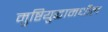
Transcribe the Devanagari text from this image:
मुष्टियुद्धामधील